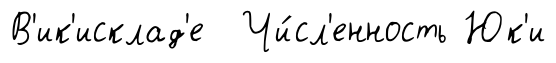
В'ик'исклад'е Чи́сл'енность Юк'и